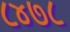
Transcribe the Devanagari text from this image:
८४७८